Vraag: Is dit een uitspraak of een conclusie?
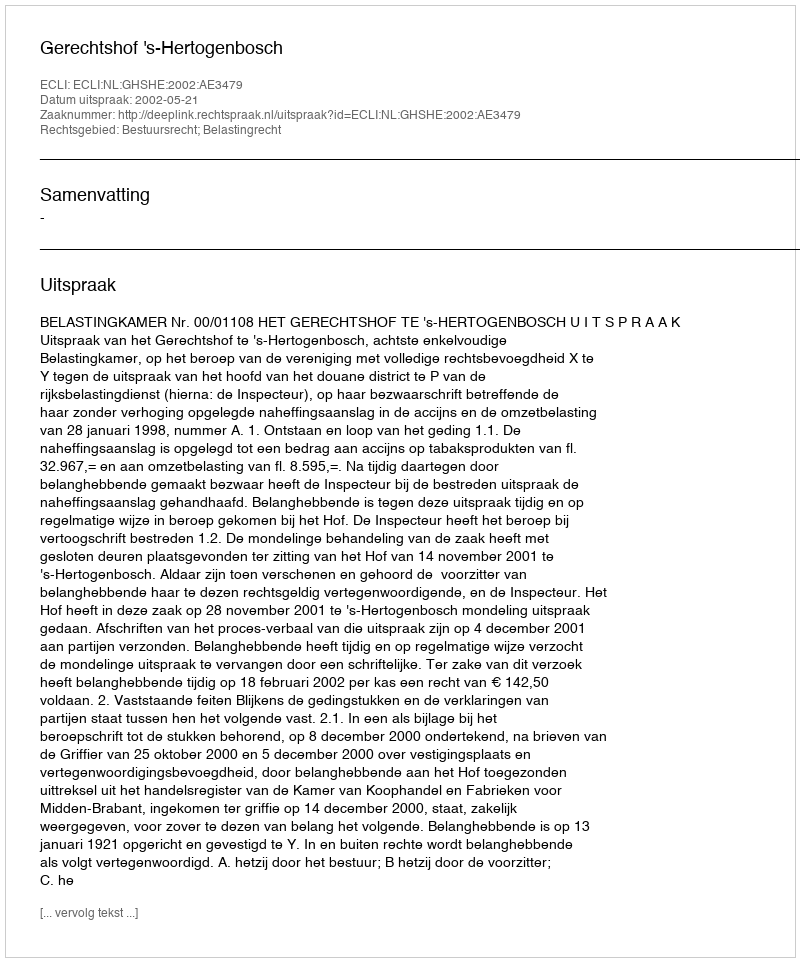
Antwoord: Uitspraak